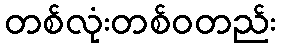
တစ်လုံးတစ်ဝတည်း